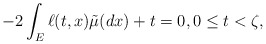
\begin{align*}-2\int_E \ell(t,x)\tilde{\mu}(dx)+t=0,0\leq t<\zeta,\end{align*}